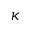
\kappa